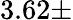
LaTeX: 3.62\pm